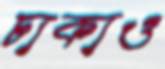
ঢাকাও